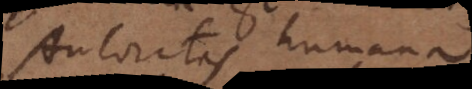
Autoritas humana